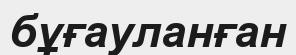
бұғауланған